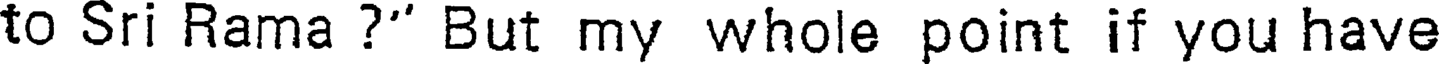
to Sri Rama ?' But my whole point if you have